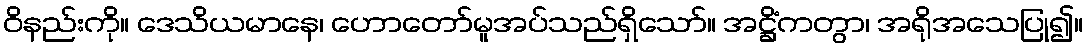
ဝိနည်းကို။ ဒေသိယမာနေ၊ ဟောတော်မူအပ်သည်ရှိသော်။ အဋ္ဌိံကတွာ၊ အရိုအသေပြု၍။